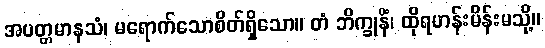
အပတ္တမာနသံ၊ မရောက်သောစိတ်ရှိသော။ တံ ဘိက္ခုနိံ၊ ထိုရဟန်းမိန်းမသို့။